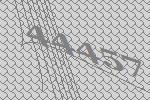
44457